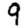
Digit: 9